Annual report on the lock hospitals of the Madras Presidency
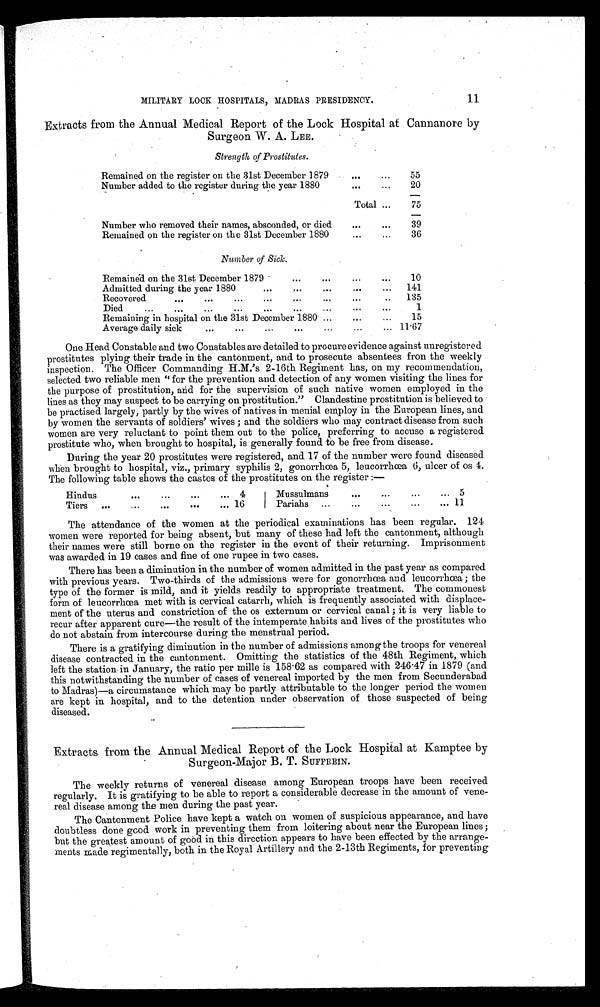
MILITARY LOCK HOSPITALS, MADRAS PRESIDENCY.
11
Extracts from the Annual Medical Report of the Lock Hospital at Cannanore by
Surgeon W. A. LEE.
Strength of Prostitutes.
Remained on the register on the 31st December 1879
...
...
55
Number added to the register during the year 1880
...
20
Total ...
75
Number who removed their names, absconded, or died
...
...
39
Remained on the register on the 31st December 1880
36
Number of Sick.
Remained on the 31st December 1879
...
...
...
...
10
Admitted during the year 1880
...
...
...
...
...
141
Recovered
...
...
o
Of
...
...0.6
.P.
135
..
Died
...
...
...
...
...
...
...
. . .
1
...
Remaining in hospital on the 31st December 1880- ...
...
15
Average daily sick
...
....
...
...
11.67
One Head Constable and two Constables are detailed to procure evidence against unregistered
prostitutes plying their trade in the cantonment, and to prosecute absentees fron the weekly
inspection. The Officer Commanding H.M.'s 2-16th Regiment has, on my recommendation,
selected two reliable men " for the prevention and detection of any women visiting the lines for
the purpose of prostitution, and for the supervision of such native women employed in the
lines as they may suspect to be carrying on prostitution." Clandestine prostitution is believed to
be practised largely, partly by the wives of natives in menial employ in the European lines, and
by women the servants of soldiers' wives ; and the soldiers who may contract disease from such
women are very reluctant to point them out to the police, preferring to accuse a registered
prostitute who, when brought to hospital, is generally found to be free from disease.
During the year 20 prostitutes were registered, and 17 of the number were found diseased
when brought to hospital, viz., primary syphilis 2, gonorrhoea 5, leucorrhœa 6, ulcer of os 4
The following table shows the castes of the prostitutes on the register :—
Hindus
...
...
..
4
..
Mussulmans
...
... 5
Tiers
...
...
... 16
...
Pariahs
...
...
... 11
The attendance of the women at the periodical examinations has been regular. 124
women were reported for being absent, but many of these had left the cantonment, although
their names were still borne on the register in the event of their returning. Imprisonment
was awarded in 19 cases and fine of one rupee in two cases.
There has been a diminution in the number of women admitted in the past year as compared
with previous years. Two-thirds of the admissions were for gonorrhœa and leucorrhœa ; the
type of the former is mild, and it yields readily to appropriate treatment. The commonest
form of leucorrhœa met with is cervical catarrh, which is frequently associated with displace-
ment of the uterus and constriction of the os externum or cervical canal ; it is very liable to
recur after apparent cure—the result of the intemperate habits and lives of the prostitutes who
do not abstain from intercourse during the menstrual period.
There is a gratifying diminution in the number of admissions among the troops for venereal
disease contracted in the cantonment. Omitting the statistics of the 48th Regiment, which
left the station-in January, the ratio per mille is 158 . 62 as compared with 246 . 47 in 1879 (and
this notwithstanding the number of cases of venereal imported by the men from Secunderabad
to Madras)—a circumstance which may be partly attributable to the longer period the women
are kept in hospital, and to the detention under observation of those suspected of being
diseased.
Extracts from the Annual Medical Report of the Lock Hospital at Kamptee by
Surgeon-Major B, T. SUFFREIN.
The weekly returns of venereal disease among European troops have been received
regularly. It is gratifying to be able to report a considerable decrease in the amount of vene-
real disease among the men during the past year.
The Cantonment Police have kept a watch on women of suspicious appearance, and have
doubtless done good work in preventing them from loitering about near the European lines ;
but the greatest amount of good in this direction appears to have been effected by the arrange-
ments made regimentally, both in the Royal Artillery and the 2-13th Regiments, for preventing